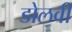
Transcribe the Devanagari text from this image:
डोलवी